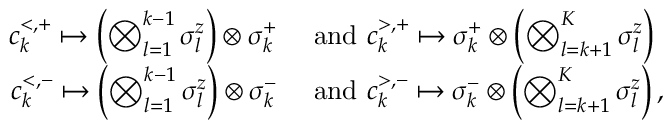
\begin{array} { r l } { c _ { k } ^ { < , + } \mapsto \left( \bigotimes _ { l = 1 } ^ { k - 1 } \sigma _ { l } ^ { z } \right) \otimes \sigma _ { k } ^ { + } } & { \mathrm { ~ a n d ~ } c _ { k } ^ { > , + } \mapsto \sigma _ { k } ^ { + } \otimes \left( \bigotimes _ { l = k + 1 } ^ { K } \sigma _ { l } ^ { z } \right) } \\ { c _ { k } ^ { < , - } \mapsto \left( \bigotimes _ { l = 1 } ^ { k - 1 } \sigma _ { l } ^ { z } \right) \otimes \sigma _ { k } ^ { - } } & { \mathrm { ~ a n d ~ } c _ { k } ^ { > , - } \mapsto \sigma _ { k } ^ { - } \otimes \left( \bigotimes _ { l = k + 1 } ^ { K } \sigma _ { l } ^ { z } \right) , } \end{array}